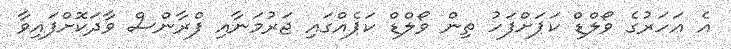
އެ އަހަރުގެ ވޯލްޑް ކަޕަށްފަހު ތިން ވޯލްޑް ކަޕެއްގައި ޖަރުމަނާއި ފްރާންސް ވާދަކޮށްފައިވާ